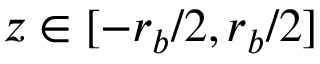
z \in [ - r _ { b } / 2 , r _ { b } / 2 ]